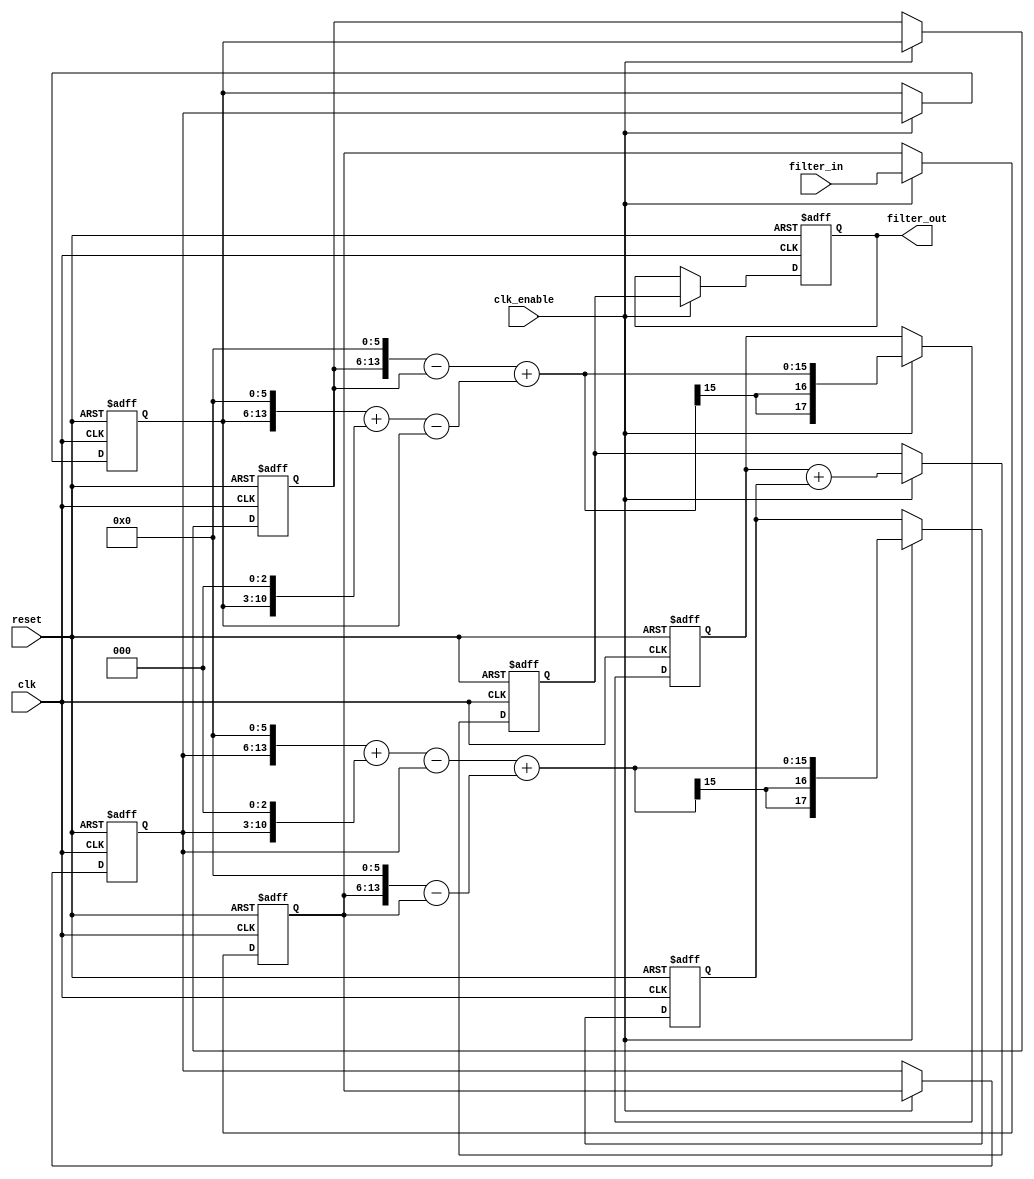
// -------------------------------------------------------------
//
// Module: fir_min_8b_fcsd
// Generated by MATLAB(R) 9.12 and Filter Design HDL Coder 3.1.11.
// Generated on: 2023-06-27 19:42:19
// -------------------------------------------------------------

// -------------------------------------------------------------
// HDL Code Generation Options:
//
// CoeffMultipliers: Factored-CSD
// FIRAdderStyle: tree
// OptimizeForHDL: on
// TargetDirectory: W:\Nikos\UTh\ \Project\FIR_Minimum_Order\factored_csd\8b_fixed_point
// AddPipelineRegisters: on
// Name: fir_min_8b_fcsd
// InputDataType: numerictype(1,8,0)
// TargetLanguage: Verilog
// TestBenchName: fir_min_8b_fcsd_tb
// TestBenchStimulus: impulse step ramp chirp noise 

// Filter Specifications:
//
// Sample Rate     : 46 kHz
// Response        : Lowpass
// Specification   : N,Fp,Fst,Ap
// Stopband Edge   : 9.6 kHz
// Passband Ripple : 60 dB
// Filter Order    : 3
// Passband Edge   : 8 kHz
// -------------------------------------------------------------

// -------------------------------------------------------------
// HDL Implementation    : Fully parallel
// Folding Factor        : 1
// -------------------------------------------------------------
// Filter Settings:
//
// Discrete-Time FIR Filter (real)
// -------------------------------
// Filter Structure  : Direct-Form FIR
// Filter Length     : 4
// Stable            : Yes
// Linear Phase      : Yes (Type 2)
// Arithmetic        : fixed
// Numerator         : s8,16 -> [-1.953125e-03 1.953125e-03)
// -------------------------------------------------------------




`timescale 1 ns / 1 ns

module fir_min_8b_fcsd
               (
                clk,
                clk_enable,
                reset,
                filter_in,
                filter_out
                );

  input   clk; 
  input   clk_enable; 
  input   reset; 
  input   signed [7:0] filter_in; //sfix8
  output  signed [17:0] filter_out; //sfix18_En16

////////////////////////////////////////////////////////////////
//Module Architecture: fir_min_8b_fcsd
////////////////////////////////////////////////////////////////
  // Local Functions
  // Type Definitions
  // Constants
  parameter signed [7:0] coeff1 = 8'b00111111; //sfix8_En16
  parameter signed [7:0] coeff2 = 8'b01000111; //sfix8_En16
  parameter signed [7:0] coeff3 = 8'b01000111; //sfix8_En16
  parameter signed [7:0] coeff4 = 8'b00111111; //sfix8_En16

  // Signals
  reg  signed [7:0] delay_pipeline [0:3] ; // sfix8
  wire signed [15:0] product4; // sfix16_En16
  wire signed [14:0] mulcsd_temp; // sfix15_En16
  wire signed [15:0] product3; // sfix16_En16
  wire signed [14:0] mulcsd_temp_1; // sfix15_En16
  wire signed [15:0] product2; // sfix16_En16
  wire signed [14:0] mulcsd_temp_2; // sfix15_En16
  wire signed [15:0] product1; // sfix16_En16
  wire signed [14:0] mulcsd_temp_3; // sfix15_En16
  wire signed [17:0] sum_final; // sfix18_En16
  wire signed [17:0] sum1_1; // sfix18_En16
  wire signed [15:0] add_signext; // sfix16_En16
  wire signed [15:0] add_signext_1; // sfix16_En16
  wire signed [16:0] add_temp; // sfix17_En16
  reg  signed [17:0] sumpipe1_1; // sfix18_En16
  wire signed [17:0] sum1_2; // sfix18_En16
  wire signed [15:0] add_signext_2; // sfix16_En16
  wire signed [15:0] add_signext_3; // sfix16_En16
  wire signed [16:0] add_temp_1; // sfix17_En16
  reg  signed [17:0] sumpipe1_2; // sfix18_En16
  wire signed [17:0] sum2_1; // sfix18_En16
  wire signed [17:0] add_signext_4; // sfix18_En16
  wire signed [17:0] add_signext_5; // sfix18_En16
  wire signed [18:0] add_temp_2; // sfix19_En16
  reg  signed [17:0] sumpipe2_1; // sfix18_En16
  reg  signed [17:0] output_register; // sfix18_En16

  // Block Statements
  always @( posedge clk or posedge reset)
    begin: Delay_Pipeline_process
      if (reset == 1'b1) begin
        delay_pipeline[0] <= 0;
        delay_pipeline[1] <= 0;
        delay_pipeline[2] <= 0;
        delay_pipeline[3] <= 0;
      end
      else begin
        if (clk_enable == 1'b1) begin
          delay_pipeline[0] <= filter_in;
          delay_pipeline[1] <= delay_pipeline[0];
          delay_pipeline[2] <= delay_pipeline[1];
          delay_pipeline[3] <= delay_pipeline[2];
        end
      end
    end // Delay_Pipeline_process


// For FCSD of 63, optimizing to CSD due to lower cost
  assign mulcsd_temp = 
        $signed({delay_pipeline[3], 6'b000000}) -
        delay_pipeline[3];
  assign product4 = $signed({{1{mulcsd_temp[14]}}, mulcsd_temp});

// For FCSD of 71, optimizing to CSD due to lower cost
  assign mulcsd_temp_1 = 
        $signed({delay_pipeline[2], 6'b000000}) +
        $signed({delay_pipeline[2], 3'b000}) -
        delay_pipeline[2];
  assign product3 = $signed({{1{mulcsd_temp_1[14]}}, mulcsd_temp_1});

// For FCSD of 71, optimizing to CSD due to lower cost
  assign mulcsd_temp_2 = 
        $signed({delay_pipeline[1], 6'b000000}) +
        $signed({delay_pipeline[1], 3'b000}) -
        delay_pipeline[1];
  assign product2 = $signed({{1{mulcsd_temp_2[14]}}, mulcsd_temp_2});

// For FCSD of 63, optimizing to CSD due to lower cost
  assign mulcsd_temp_3 = 
        $signed({delay_pipeline[0], 6'b000000}) -
        delay_pipeline[0];
  assign product1 = $signed({{1{mulcsd_temp_3[14]}}, mulcsd_temp_3});

  assign add_signext = product4;
  assign add_signext_1 = product3;
  assign add_temp = add_signext + add_signext_1;
  assign sum1_1 = $signed({{1{add_temp[16]}}, add_temp});

  assign add_signext_2 = product2;
  assign add_signext_3 = product1;
  assign add_temp_1 = add_signext_2 + add_signext_3;
  assign sum1_2 = $signed({{1{add_temp_1[16]}}, add_temp_1});

  always @ (posedge clk or posedge reset)
    begin: temp_process1
      if (reset == 1'b1) begin
        sumpipe1_1 <= 0;
        sumpipe1_2 <= 0;
      end
      else begin
        if (clk_enable == 1'b1) begin
          sumpipe1_1 <= sum1_1;
          sumpipe1_2 <= sum1_2;
        end
      end
    end // temp_process1

  assign add_signext_4 = sumpipe1_1;
  assign add_signext_5 = sumpipe1_2;
  assign add_temp_2 = add_signext_4 + add_signext_5;
  assign sum2_1 = add_temp_2[17:0];

  always @ (posedge clk or posedge reset)
    begin: temp_process2
      if (reset == 1'b1) begin
        sumpipe2_1 <= 0;
      end
      else begin
        if (clk_enable == 1'b1) begin
          sumpipe2_1 <= sum2_1;
        end
      end
    end // temp_process2

  assign sum_final = sumpipe2_1;

  always @ (posedge clk or posedge reset)
    begin: Output_Register_process
      if (reset == 1'b1) begin
        output_register <= 0;
      end
      else begin
        if (clk_enable == 1'b1) begin
          output_register <= sum_final;
        end
      end
    end // Output_Register_process

  // Assignment Statements
  assign filter_out = output_register;
endmodule  // fir_min_8b_fcsd